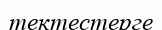
тектестерге